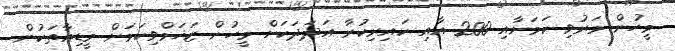
މީހުން މަރުވި ކަމަށާއި 200 އާއި ކައިރިކުރާ އަދަދަކަށް މީހުން ޒަޚަމްވިކަމަށް މީޑިއާތަކުން